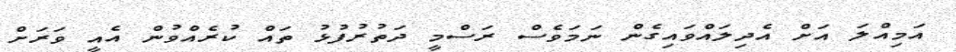
އަމިއްލަ އަށް އެދިލައްވައިގެން ނަމަވެސް ރަސްމީ ދަތުރުފުޅު ތައް ކުރެއްވުން އެއީ ވަރަށް